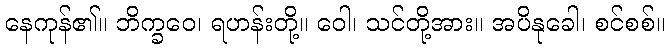
နေကုန်၏။ ဘိက္ခဝေ၊ ရဟန်းတို့။ ဝေါ၊ သင်တို့အား။ အပိနုခေါ၊ စင်စစ်။